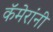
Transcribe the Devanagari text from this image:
कॅमेरांनी